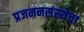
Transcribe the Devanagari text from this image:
प्रजननसंस्थेचा